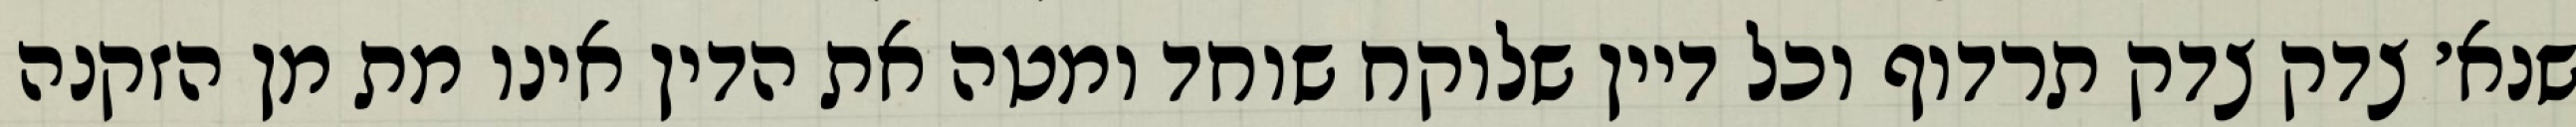
שנא׳ צדק צדק תרדוף וכל דיין שלוקח שוחד ומטה את הדין אינו מת מן הזקנה